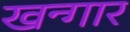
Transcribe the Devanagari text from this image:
खन्गार